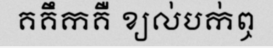
គគឹកគឺ ខ្យល់បក់ឮ